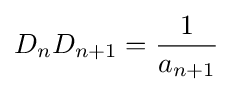
{D}_{n}{D}_{n+1}={\frac {1}{{a}_{n+1}}}